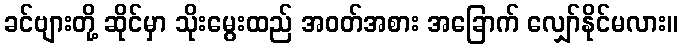
ခင်ဗျားတို့ ဆိုင်မှာ သိုးမွေးထည် အဝတ်အစား အခြောက် လျှော်နိုင်မလား။